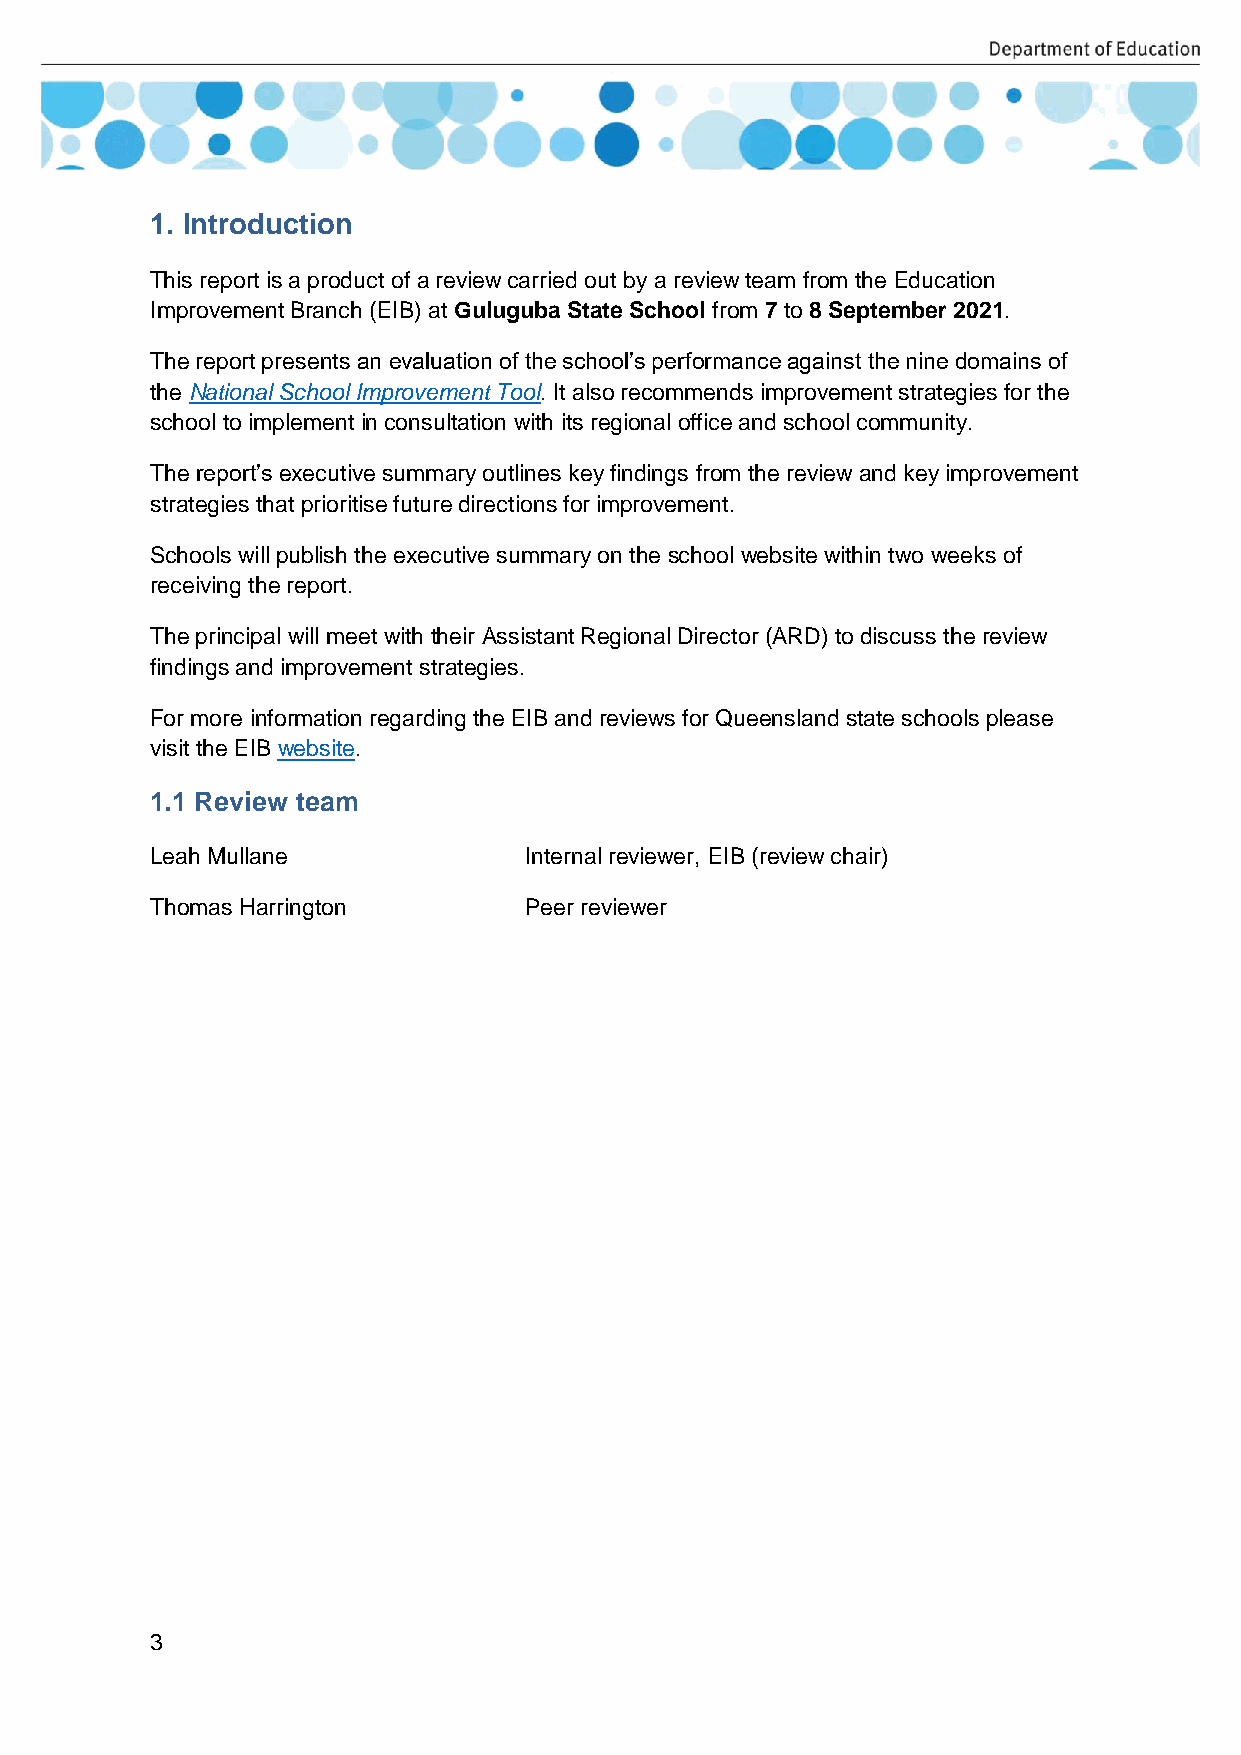
1. Introduction
 This report is a product of a review carried out by a review team from the Education
 Improvement Branch (EIB) at Guluguba State School from 7 to 8 September 2021.
 The report presents an evaluation of the school’s performance against the nine domains of
 the National School Improvement Tool. It also recommends improvement strategies for the
 school to implement in consultation with its regional office and school community.
 The report’s executive summary outlines key findings from the review and key improvement
 strategies that prioritise future directions for improvement.
 Schools will publish the executive summary on the school website within two weeks of
 receiving the report.
 The principal will meet with their Assistant Regional Director (ARD) to discuss the review
 findings and improvement strategies.
 For more information regarding the EIB and reviews for Queensland state schools please
 visit the EIB website.
 1.1 Review team
 Leah Mullane             Internal reviewer, EIB (review chair)
 Thomas Harrington        Peer reviewer
 3